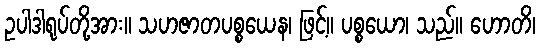
ဥပါဒါရုပ်တို့အား။ သဟဇာတပစ္စယေန၊ ဖြင့်။ ပစ္စယော၊ သည်။ ဟောတိ၊